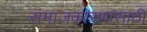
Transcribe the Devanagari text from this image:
समाजकारणासाठी